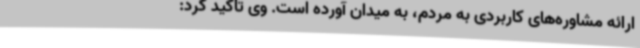
ارائه مشاوره‌های کاربردی به مردم، به میدان آورده است. وی تاکید کرد: